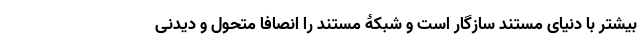
بیشتر با دنیای مستند سازگار است و شبکۀ مستند را انصافا متحول و دیدنی